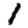
Digit: 1